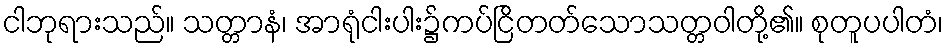
ငါဘုရားသည်။ သတ္တာနံ၊ အာရုံငါးပါး၌ကပ်ငြိတတ်သောသတ္တဝါတို့၏။ စုတူပပါတံ၊